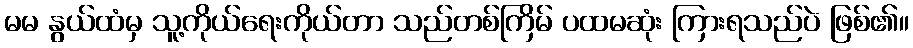
မမ နွယ်ထံမှ သူ့ကိုယ်ရေးကိုယ်တာ သည်တစ်ကြိမ် ပထမဆုံး ကြားရသည်ပဲ ဖြစ်၏။